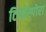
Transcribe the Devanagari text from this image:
टिनोस्पोरा